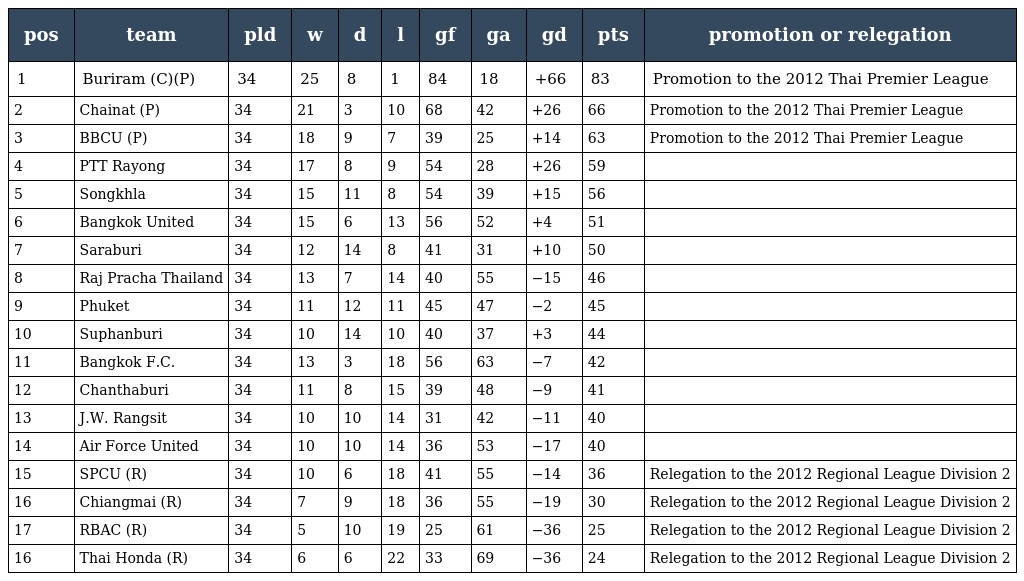
| pos | team | pld | w | d | l | gf | ga | gd | pts | promotion or relegation |
 | --- | --- | --- | --- | --- | --- | --- | --- | --- | --- | --- |
 | 1 | Buriram (C)(P) | 34 | 25 | 8 | 1 | 84 | 18 | +66 | 83 | Promotion to the 2012 Thai Premier League |
 | 2 | Chainat (P) | 34 | 21 | 3 | 10 | 68 | 42 | +26 | 66 | Promotion to the 2012 Thai Premier League |
 | 3 | BBCU (P) | 34 | 18 | 9 | 7 | 39 | 25 | +14 | 63 | Promotion to the 2012 Thai Premier League |
 | 4 | PTT Rayong | 34 | 17 | 8 | 9 | 54 | 28 | +26 | 59 |  |
 | 5 | Songkhla | 34 | 15 | 11 | 8 | 54 | 39 | +15 | 56 |  |
 | 6 | Bangkok United | 34 | 15 | 6 | 13 | 56 | 52 | +4 | 51 |  |
 | 7 | Saraburi | 34 | 12 | 14 | 8 | 41 | 31 | +10 | 50 |  |
 | 8 | Raj Pracha Thailand | 34 | 13 | 7 | 14 | 40 | 55 | −15 | 46 |  |
 | 9 | Phuket | 34 | 11 | 12 | 11 | 45 | 47 | −2 | 45 |  |
 | 10 | Suphanburi | 34 | 10 | 14 | 10 | 40 | 37 | +3 | 44 |  |
 | 11 | Bangkok F.C. | 34 | 13 | 3 | 18 | 56 | 63 | −7 | 42 |  |
 | 12 | Chanthaburi | 34 | 11 | 8 | 15 | 39 | 48 | −9 | 41 |  |
 | 13 | J.W. Rangsit | 34 | 10 | 10 | 14 | 31 | 42 | −11 | 40 |  |
 | 14 | Air Force United | 34 | 10 | 10 | 14 | 36 | 53 | −17 | 40 |  |
 | 15 | SPCU (R) | 34 | 10 | 6 | 18 | 41 | 55 | −14 | 36 | Relegation to the 2012 Regional League Division 2 |
 | 16 | Chiangmai (R) | 34 | 7 | 9 | 18 | 36 | 55 | −19 | 30 | Relegation to the 2012 Regional League Division 2 |
 | 17 | RBAC (R) | 34 | 5 | 10 | 19 | 25 | 61 | −36 | 25 | Relegation to the 2012 Regional League Division 2 |
 | 16 | Thai Honda (R) | 34 | 6 | 6 | 22 | 33 | 69 | −36 | 24 | Relegation to the 2012 Regional League Division 2 |